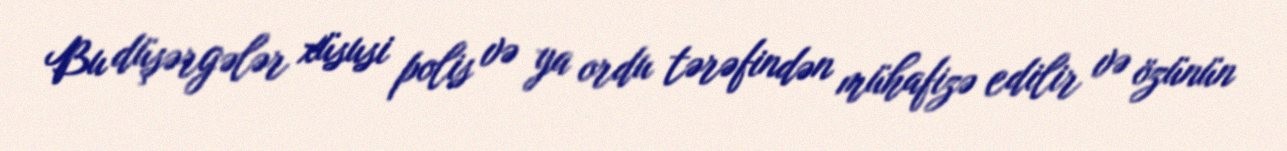
Bu düşərgələr xüsusi polis və ya ordu tərəfindən mühafizə edilir və özünün